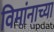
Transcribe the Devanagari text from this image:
विमांनाच्या